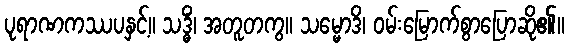
ပုရာဏကဿပနှင့်။ သဒ္ဓိံ၊ အတူတကွ။ သမ္မောဒိ၊ ဝမ်းမြောက်စွာပြောဆို၏။